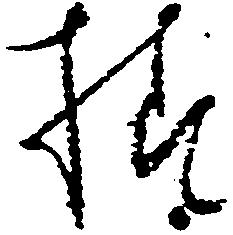
様